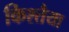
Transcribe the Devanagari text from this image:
किश्तैया